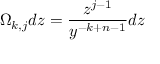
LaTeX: \Omega _ { k , j } d z = { \frac { z ^ { j - 1 } } { y ^ { - k + n - 1 } } } d z